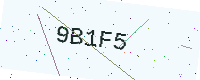
Text: 9B1F5